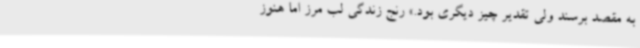
به مقصد برسند ولی تقدیر چیز دیگری بود.» رنج زندگی لب مرز اما هنوز